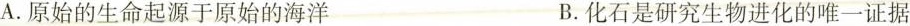
A.原始的生命起源于原始的海洋 B.化石是研究生物进化的唯一证据